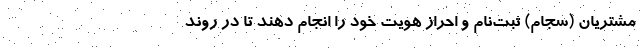
مشتریان (سجام) ثبت‌نام و احراز هویت خود را انجام دهند تا در روند